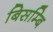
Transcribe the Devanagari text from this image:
बिसम्बि